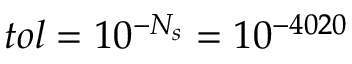
t o l = 1 0 ^ { - N _ { s } } = 1 0 ^ { - 4 0 2 0 }